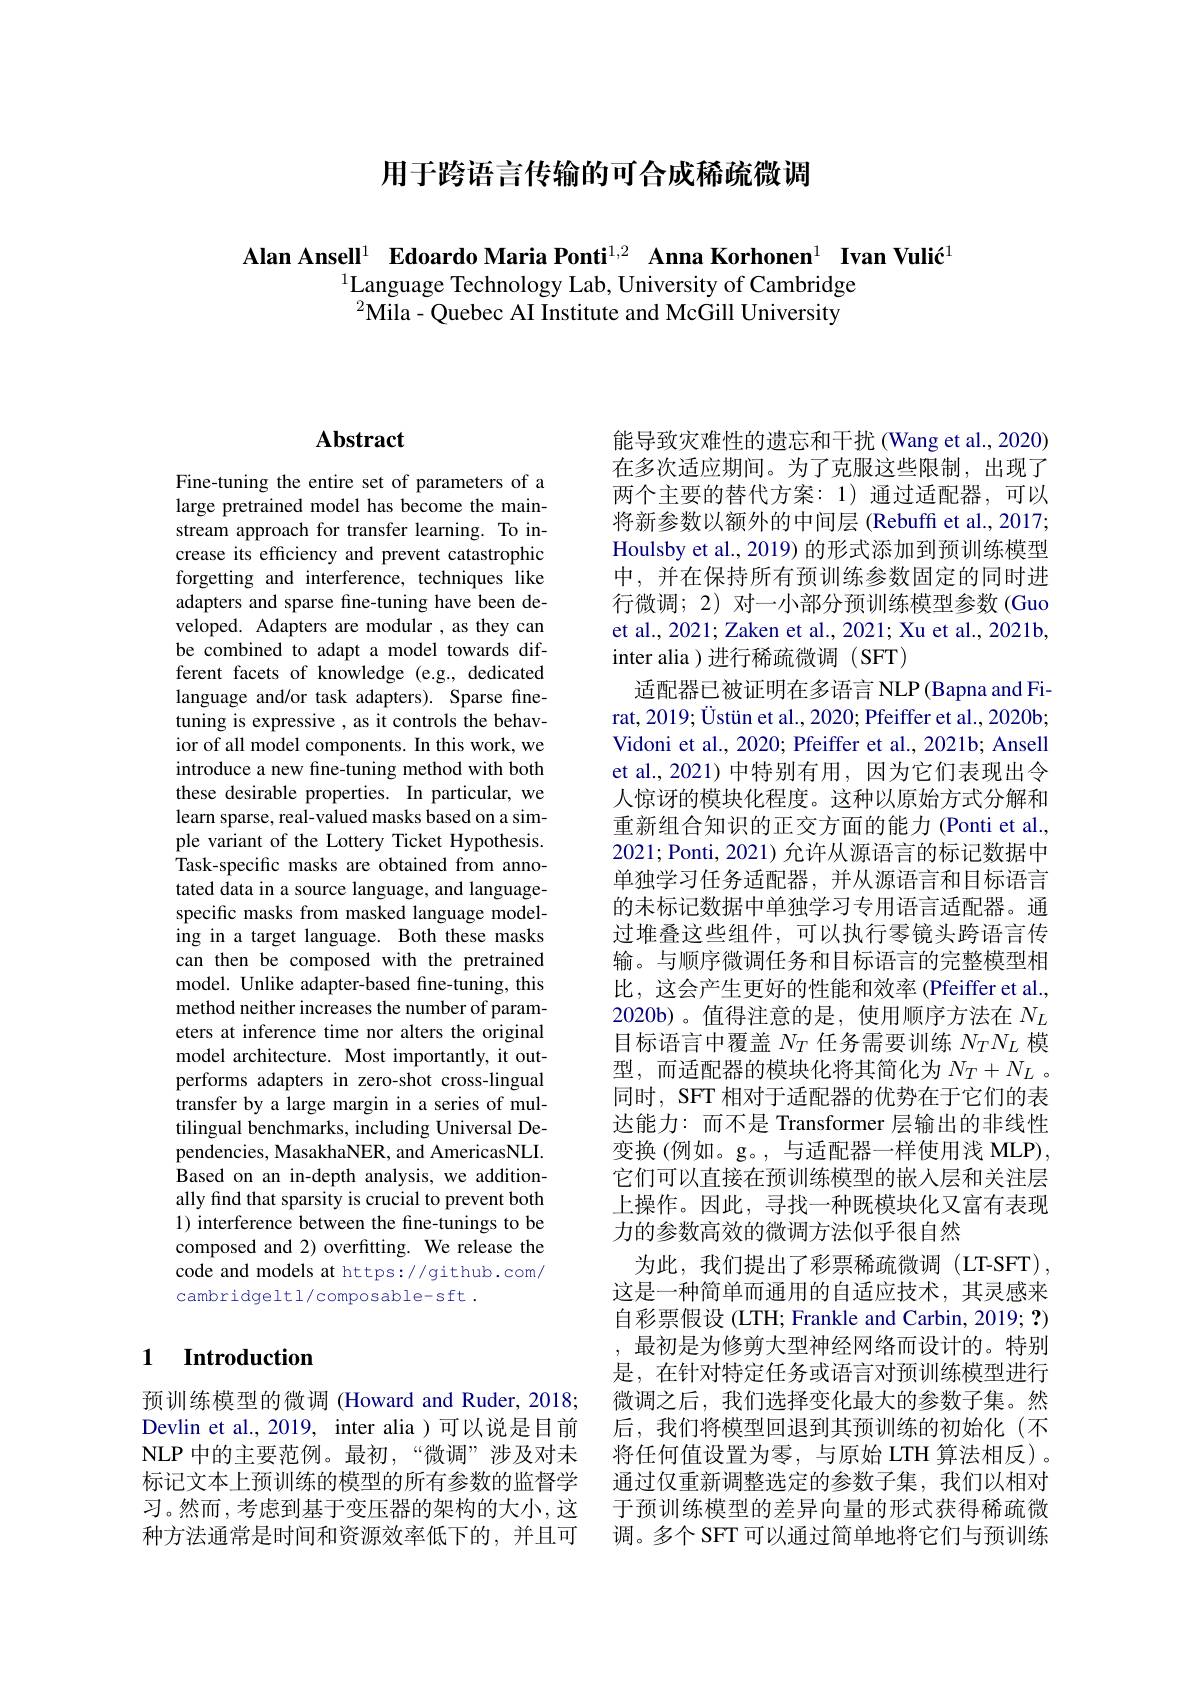
用于跨语言传输的可合成稀疏微调

Alan Ansell$^{1}$ Edoardo Maria Ponti$^{1,2}$ Anna Korhonen$^{1}$ Ivan Vulić$^{1}$
$^{1}$Language Technology Lab, University of Cambridge $^{2}$Mila- Quebec AI Institute and McGill University

# Abstract

Fine-tuning the entire set of parameters of a large pretrained model has become the mainstream approach for transfer learning. To increase its efficiency and prevent catastrophic forgetting and interference, techniques like adapters and sparse fine-tuning have been developed. Adapters are modular , as they can be combined to adapt a model towards different facets of knowledge (e.g., dedicated language and/or task adapters). Sparse finetuning is expressive , as it controls the behavior of all model components. In this work, we introduce a new fine-tuning method with both these desirable properties. In particular, we learn sparse, real-valued masks based on a simple variant of the Lottery Ticket Hypothesis. Task-specific masks are obtained from annotated data in a source language, and languagespecific masks from masked language modeling in a target language. Both these masks can then be composed with the pretrained model. Unlike adapter-based fine-tuning, this method neither increases the number of parameters at inference time nor alters the original model architecture. Most importantly, it outperforms adapters in zero-shot cross-lingual transfer by a large margin in a series of multilingual benchmarks, including Universal Dependencies, MasakhaNER, and AmericasNLI. Based on an in-depth analysis, we additionally find that sparsity is crucial to prevent both 1) interference between the fine-tunings to be composed and 2) overfitting. We release the code and models at https://github.com/ cambridgeltl/composable-sft.

## 1 $\textbf{Introduction}$

预训练模型的微调 (Howard and Ruder, 2018; Devlin et al., 2019, inter alia )可以说是目前NLP 中的主要范例。最初，“微调”涉及对未标记文本上预训练的模型的所有参数的监督学习。然而，考虑到基于变压器的架构的大小，这种方法通常是时间和资源效率低下的，并且可

能导致灾难性的遗忘和干扰 (Wang et al., 2020) 在多次适应期间。为了克服这些限制，出现了两个主要的替代方案：1)通过适配器，可以将新参数以额外的中间层 (Rebuff et al., 2017; Houlsby et al., 2019) 的形式添加到预训练模型中，并在保持所有预训练参数固定的同时进行微调；2) 对一小部分预训练模型参数 (Guo et al., 2021; Zaken et al., 2021; Xu et al., 2021b, inter alia )进行稀疏微调(SFT)
适配器已被证明在多语言 NLP (Bapna and Firat, 2019; Üstün et al., 2020; Pfeiffer et al., 2020b; Vidoni et al., 2020; Pfeiffer et al., 2021b; Ansell et al.,2021)中特别有用，因为它们表现出令人惊讶的模块化程度。这种以原始方式分解和重新组合知识的正交方面的能力(Ponti et al., 2021;Ponti, 2021) 允许从源语言的标记数据中单独学习任务适配器，并从源语言和目标语言的未标记数据中单独学习专用语言适配器。通过堆叠这些组件，可以执行零镜头跨语言传输。与顺序微调任务和目标语言的完整模型相比，这会产生更好的性能和效率 (Pfeiffer et al., 2020b)。值得注意的是，使用顺序方法在$N_L$ 目标语言中覆盖$N_T$任务需要训练$N_TN_L$模型，而适配器的模块化将其简化为$N_T+N_L$ 。同时，SFT 相对于适配器的优势在于它们的表达能力：而不是 Transformer 层输出的非线性变换 (例如。g。, 与适配器一样使用浅 MLP), 它们可以直接在预训练模型的嵌入层和关注层上操作。因此，寻找一种既模块化又富有表现力的参数高效的微调方法似乎很自然
为此，我们提出了彩票稀疏微调(LT-SFT), 这是一种简单而通用的自适应技术，其灵感来自彩票假设 (LTH; Frankle and Carbin, 2019; ?) ,最初是为修剪大型神经网络而设计的。特别是，在针对特定任务或语言对预训练模型进行微调之后，我们选择变化最大的参数子集。然后，我们将模型回退到其预训练的初始化(不将任何值设置为零，与原始 LTH 算法相反)。通过仅重新调整选定的参数子集，我们以相对于预训练模型的差异向量的形式获得稀疏微调。多个 SFT 可以通过简单地将它们与预训练